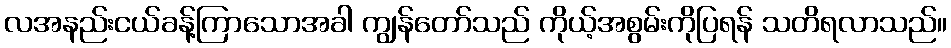
လအနည်းငယ်ခန့်ကြာသောအခါ ကျွန်တော်သည် ကိုယ့်အစွမ်းကိုပြရန် သတိရလာသည်။